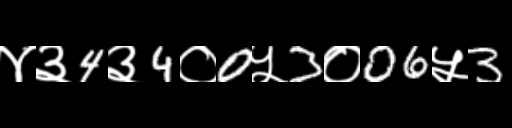
Text: ४३4३4०0५3०06५3